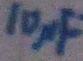
Text: 10µF